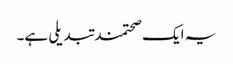
یہ ایک صحتمند تبدیلی ہے۔